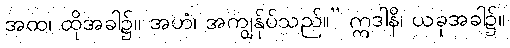
အထ၊ ထိုအခါ၌။ အဟံ၊ အကျွန်ုပ်သည်။” ဣဒါနိ၊ ယခုအခါ၌။